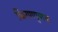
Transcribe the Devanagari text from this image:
किरणपुणज